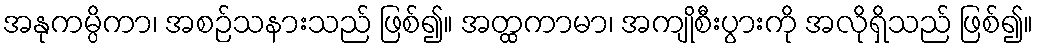
အနုကမ္ပိကာ၊ အစဉ်သနားသည် ဖြစ်၍။ အတ္ထကာမာ၊ အကျိုစီးပွားကို အလိုရှိသည် ဖြစ်၍။